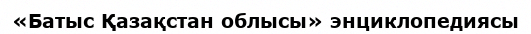
«Батыс Қазақстан облысы» энциклопедиясы